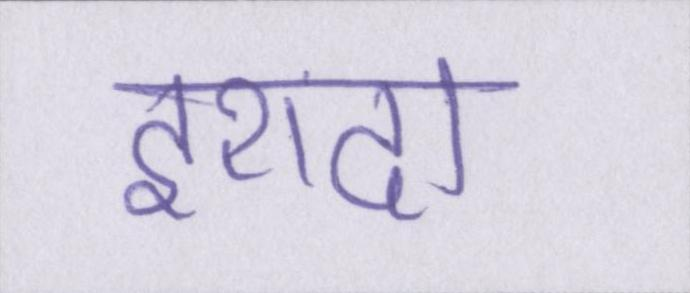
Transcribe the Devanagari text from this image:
इरादा